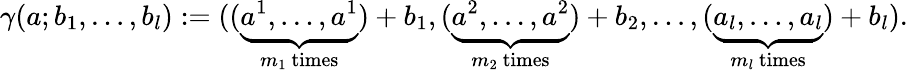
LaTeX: \gamma(a;b_{1},\ldots,b_{l}):=((\underbrace{a^{1},\ldots,a^{1}}_{m_{1}{\ \mathrm{times}}})+b_{1},(\underbrace{a^{2},\ldots,a^{2}}_{m_{2}{\ \mathrm{times}}})+b_{2},\ldots,(\underbrace{a_{l},\ldots,a_{l}}_{m_{l}{\ \mathrm{times}}})+b_{l}).